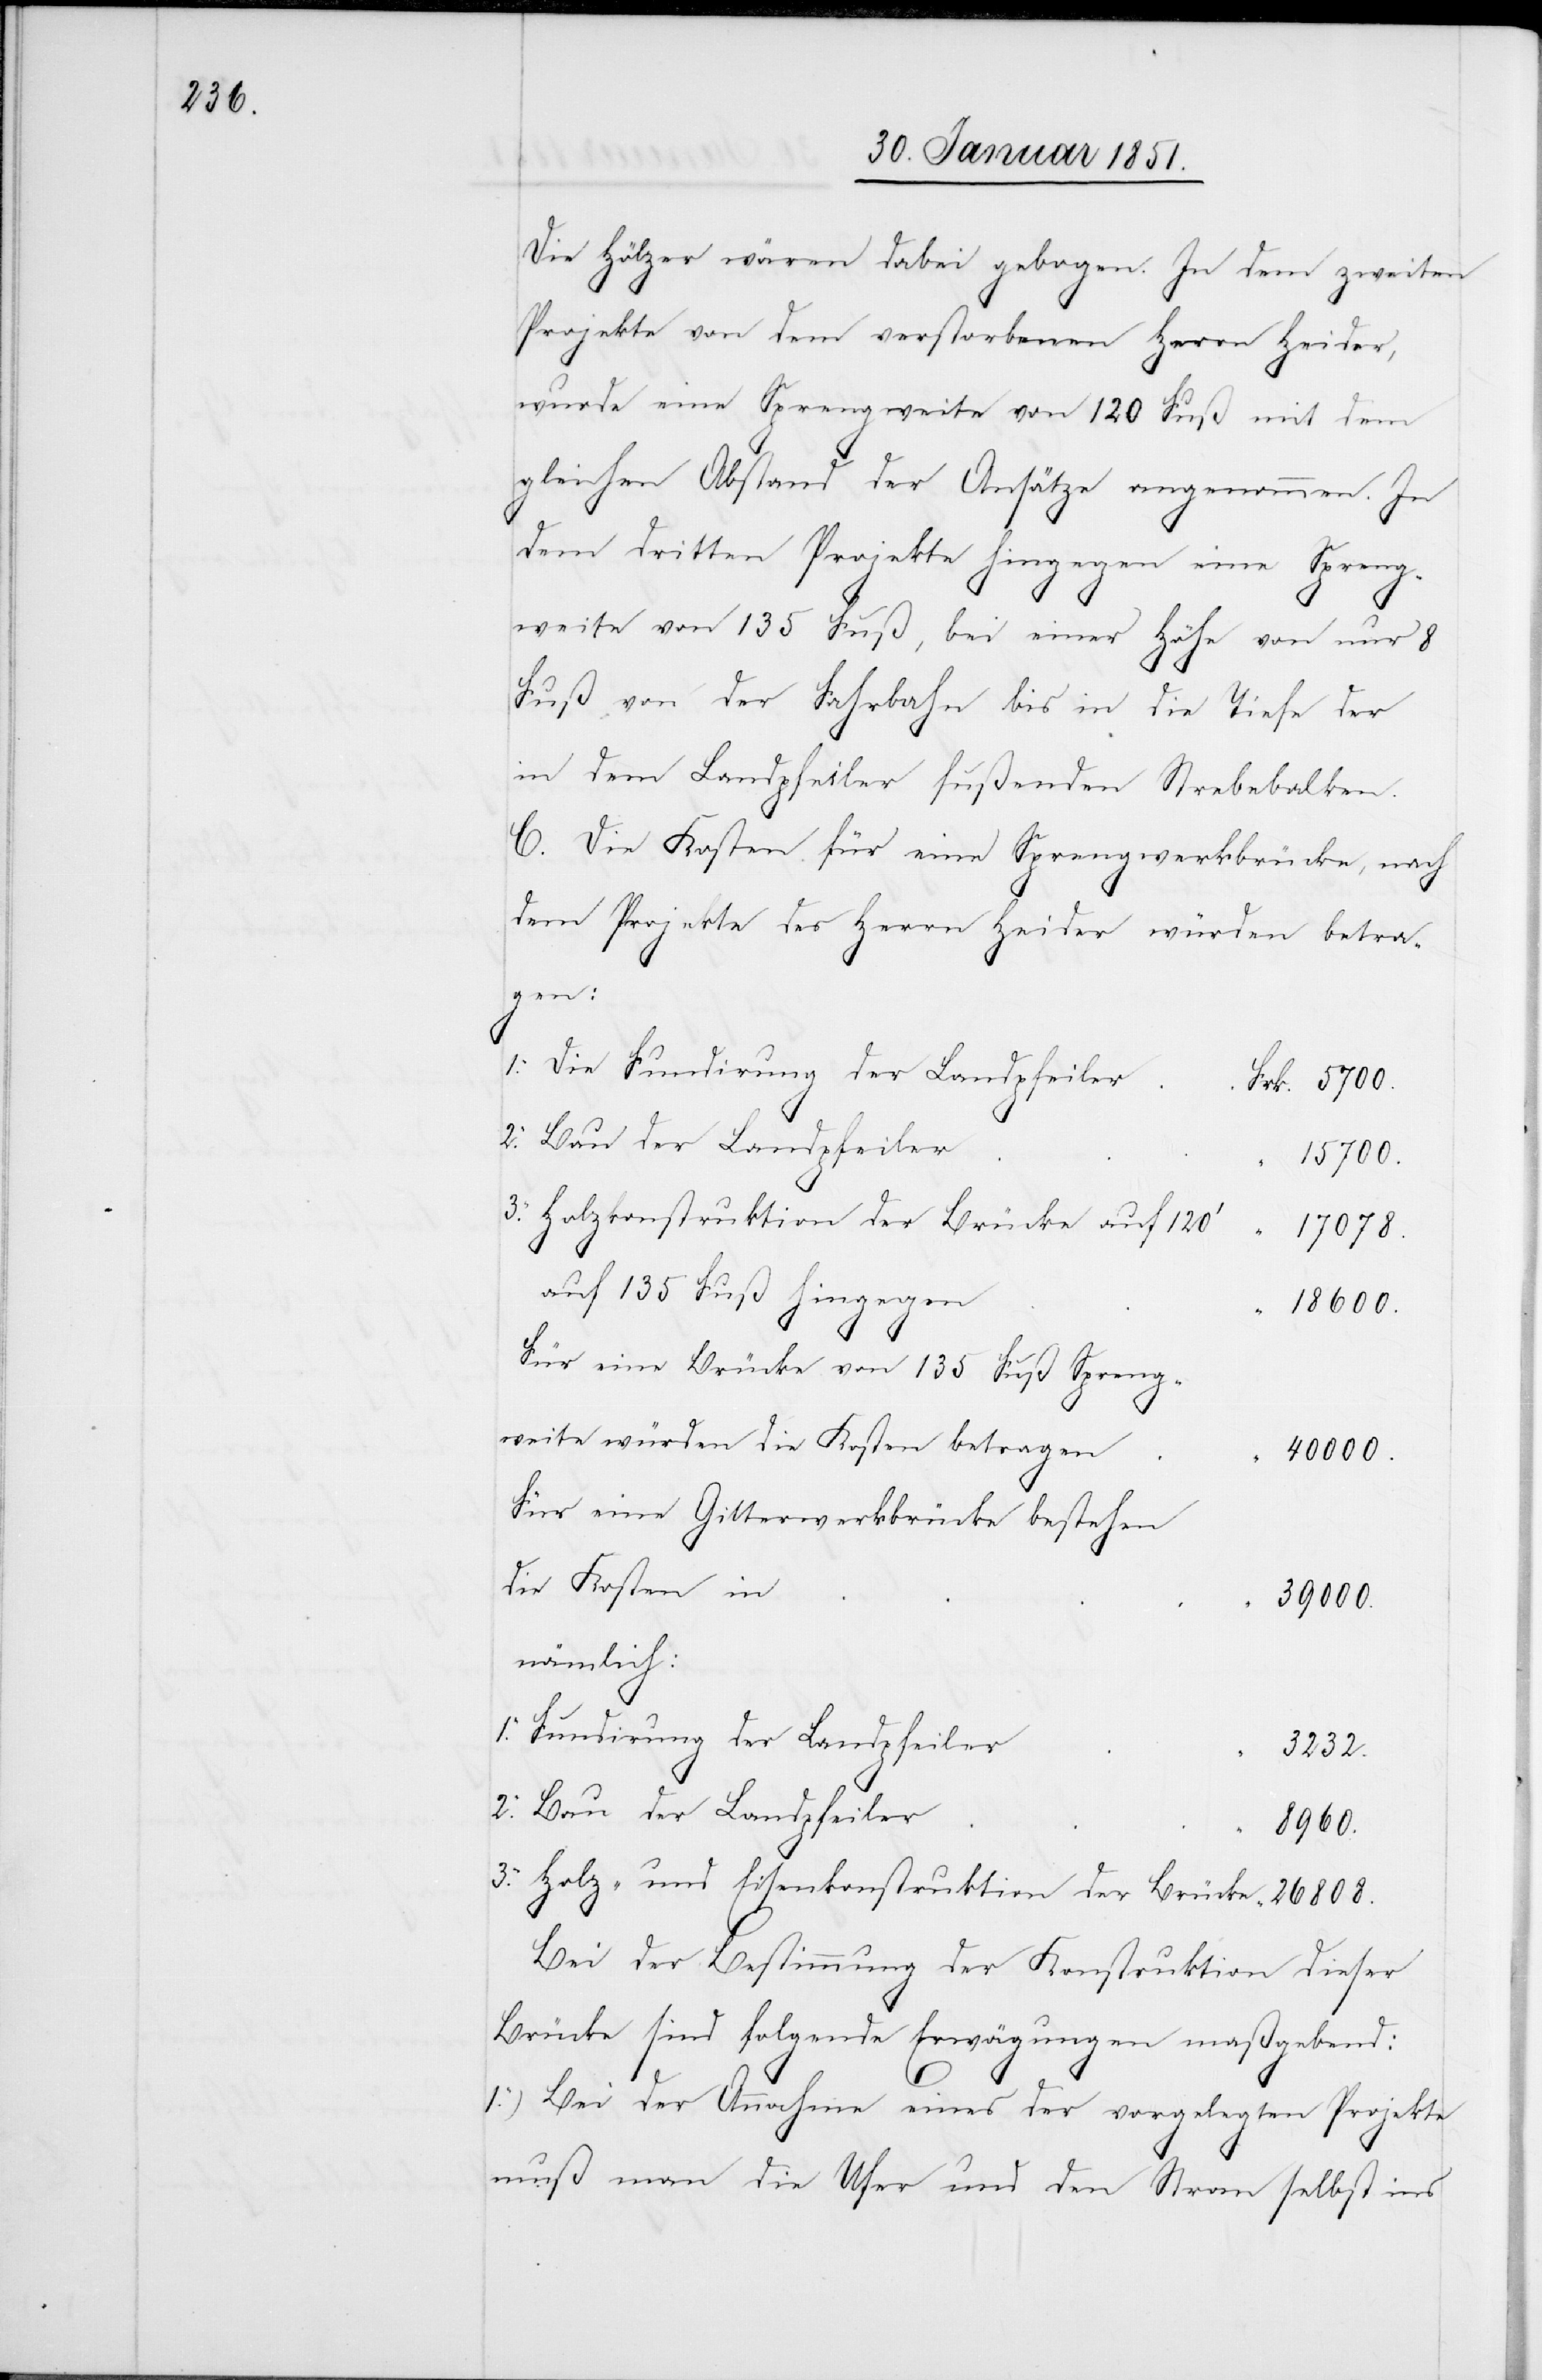
Die Hölzer wären dabei gebogen. In dem zweiten
Projekte von dem verstorbenen Herrn Heider,
wurde eine Sprengweite von 120 Fuß mit dem
gleichen Abstand der Ansätze angenommen. In
dem dritten Projekte hingegen eine Spreng¬
weite von 135 Fuß, bei einer Höhe von nur 8
Fuß von der Fahrbahn bis in die Tiefe der
in dem Landpfeiler fußenden Strebebalken.
C. Die Kosten für eine Sprengwerkbrücke, nach
dem Projekte des Herrn Heider würden betra¬
gen:
Die Fundirung der Landpfeiler
Bau der Landpfeiler
15700.
Holzkonstruktion der Brücke auf 120‘
17078.
auf 135 Fuß hingegen
18600.
Für eine Brücke von 135 Fuß Spreng¬
weite würden die Kosten betragen
40000.
Für eine Gitterwerkbrücke bestehen
die Kosten in
26808.
nämlich:
Fundirung der Landpfeiler
3232.
Bau der Landpfeiler
8960.
Holz- und Eisenkonstruktion der Brücke
Bei der Bestimmung der Konstruktion dieser
Brücke sind folgende Erwägungen maßgebend:
1.) Bei der Annahme eines der vorgelegten Projekte
muß man die Ufer und den Strom selbst ins